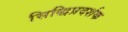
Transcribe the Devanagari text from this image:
सिद्धिप्रदर्शक